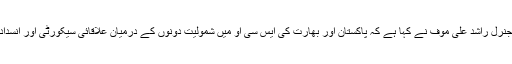
08 جون2018ء) شنگھائی تعاون تنظیم کے سیکرٹری جنرل راشد علی موف نے کہا ہے کہ پاکستان اور بھارت کی ایس سی او میں شمولیت دونوں کے درمیان علاقائی سیکورٹی اور انسداد دہشت گردی تعاون کو فروغ دینے کیلئے سودمند ہوگی۔